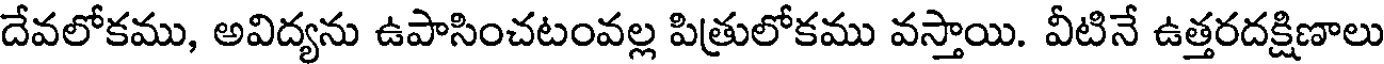
దేవలోకము, అవిద్యను ఉపాసించటంవల్ల పిత్రులోకము వస్తాయి. వీటినే ఉత్తరదక్షిణాలు